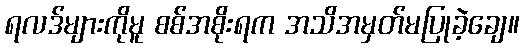
ရလဒ်များကိုမူ စစ်အစိုးရက အသိအမှတ်မပြုခဲ့ချေ။